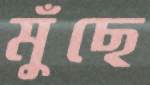
মুঁছে